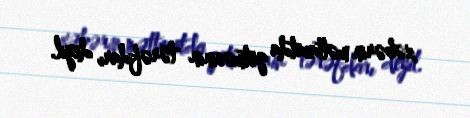
xəbərin mətbuatda getməsinin tərəfdarı deyil.